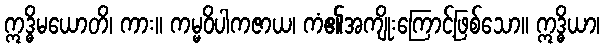
ဣဒ္ဓိမယောတိ၊ ကား။ ကမ္မဝိပါကဇာယ၊ ကံ၏အကျိုးကြောင့်ဖြစ်သော။ ဣဒ္ဓိယာ၊